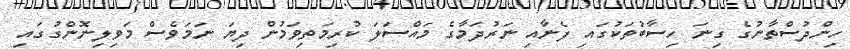
ހިންދުސްތާނުގެ ގިނަ ހިސާބުތަކުގައި ފެނާއި ނަރުދަމާގެ މައްސަލަ ކުރިމަތިވަމުން ދިޔަ ނަމަވެސް މަވިލިނޮންގުގައި